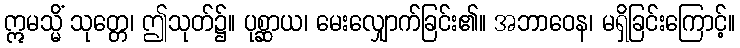
ဣမသ္မိံ သုတ္တေ၊ ဤသုတ်၌။ ပုစ္ဆာယ၊ မေးလျှောက်ခြင်း၏။ အဘာဝေန၊ မရှိခြင်းကြောင့်။